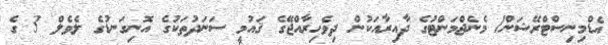
އެޑްމިނިސްޓްރޭޝަން/ މެނެޖްމަންޓުގެ ދާއިރާއަކުން ދިވެހިރާއްޖޭގެ ޤައުމީ ސަނަދުތަކުގެ އޮނިގަނޑުގެ ލެވެލް 3 ގެ